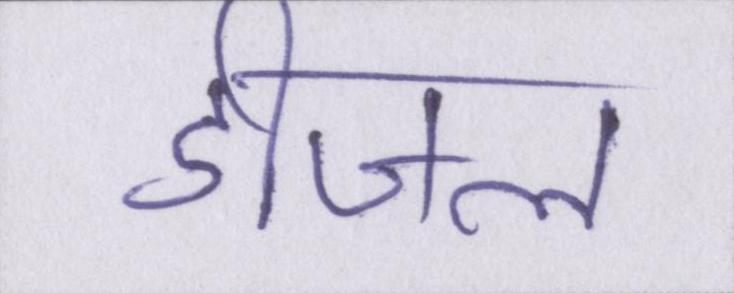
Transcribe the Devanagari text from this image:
डीजल